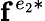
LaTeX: \mathbf{f}^{e_{2}*}